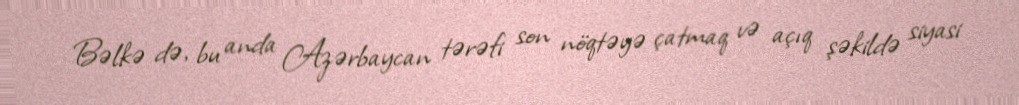
Bəlkə də, bu anda Azərbaycan tərəfi son nöqtəyə çatmaq və açıq şəkildə siyasi